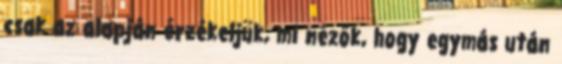
csak az alapján érzékeljük, mi nézők, hogy egymás után